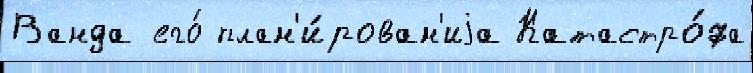
Ванда его́ план'и́рован'иjа Катастро́фа